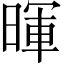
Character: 暉